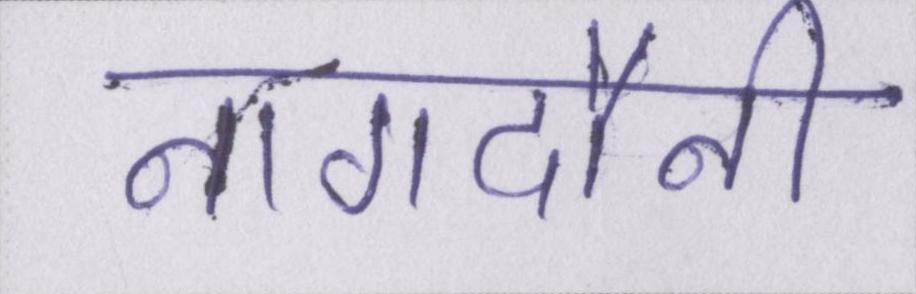
नागदौनी